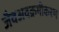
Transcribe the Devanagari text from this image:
जैवअवक्रमीकरण